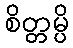
စိတ္တမ္ပိ